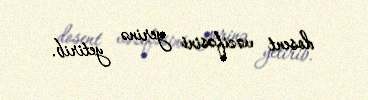
dosent vəzifəsini yerinə yetirib.